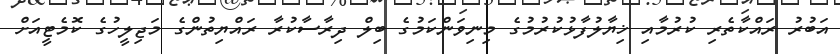
އަބުރު ރައްކާތެރި ކުރުމާއި ޚިޔާލުފާޅުކުރުމުގެ މިނިވަންކަމުގެ ބިލް ދިރާސާކުރާ ރައްޔިތުންގެ މަޖިލީހުގެ ކޮމެޓީއަށް